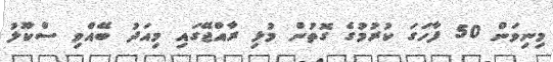
މިނިވަން 50 ފާހަގަ ކުރުމުގެ ގޮތުން މުޅި ރާއްޖޭގައި މިއަދު ބޭއްވި ސްކޫލު